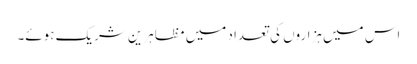
اس میں ہزاروں کی تعداد میں مظاہرین شریک ہوئے۔